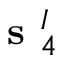
\textbf { s } _ { 4 } ^ { I }